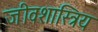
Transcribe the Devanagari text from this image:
जीवशास्त्रिय